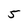
Character: 5